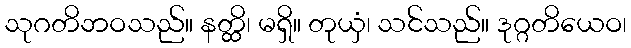
သုဂတိဘဝသည်။ နတ္ထိ၊ မရှိ။ တုယှံ၊ သင်သည်။ ဒုဂ္ဂတိယေဝ၊